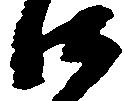
御